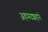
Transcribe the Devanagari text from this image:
अहमदशहाने